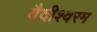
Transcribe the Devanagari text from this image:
वैदीश्वरम